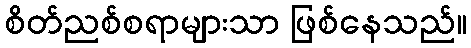
စိတ်ညစ်စရာများသာ ဖြစ်နေသည်။